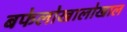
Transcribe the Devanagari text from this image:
बफेलोखालोखाल